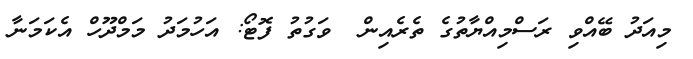
މިއަދު ބޭއްވި ރަސްމިއްޔާތުގެ ތެރެއިން  ވަގުތު ފޮޓޯ: އަހުމަދު މަމްދޫހް އެކަމަނާ